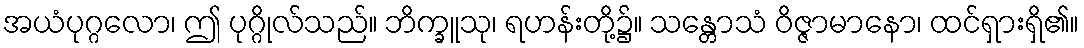
အယံပုဂ္ဂလော၊ ဤ ပုဂ္ဂိုလ်သည်။ ဘိက္ခူသု၊ ရဟန်းတို့၌။ သန္တောသံ ဝိဇ္ဇာမာနော၊ ထင်ရှားရှိ၏။